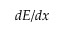
d E / d x